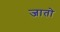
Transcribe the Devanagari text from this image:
जाताे